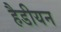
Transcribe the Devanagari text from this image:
हैडीयन